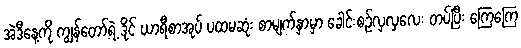
အဲဒီနေ့ကို ကျွန်တော့်ရဲ့ ဒိုင် ယာရီစာအုပ် ပထမဆုံး စာမျက်နှာမှာ ခေါင်းစဉ်လှလှလေး တပ်ပြီး ကြေကြေ